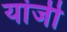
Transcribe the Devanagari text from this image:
यांजी